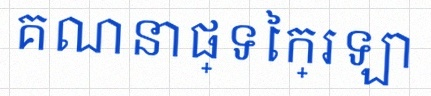
គណនាផ្ទៃក្រឡា